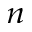
_ n